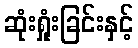
ဆုံးရှုံးခြင်းနှင့်